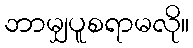
ဘာမျှပူစရာမလို။